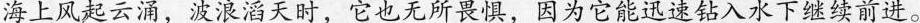
海上风起云涌，波浪滔天时，它也无所畏惧，因为它能迅速钻入水下继续前进。